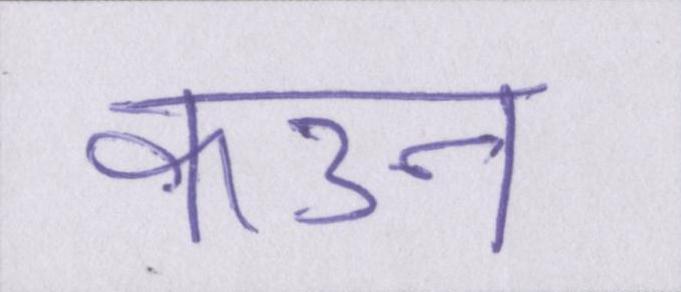
कउन